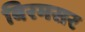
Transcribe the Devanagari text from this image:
बिरमसर